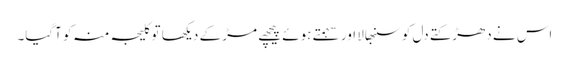
اس نے دھڑکتے دل کو سنبھالا اور سہمتے ہوئے پیچھے مڑ کے دیکھا تو کلیجہ منہ کو آگیا۔